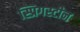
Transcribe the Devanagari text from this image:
स्प्रिगस्टीन